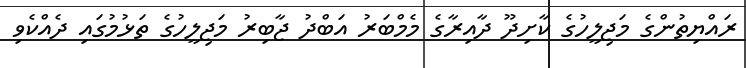
ރައްޔިތުންގެ މަޖިލީހުގެ ކާށިދޫ ދާއިރާގެ މެމްބަރު އަބްދު ޖާބިރު މަޖިލީހުގެ ތަޅުމުގައި ދެއްކެވި